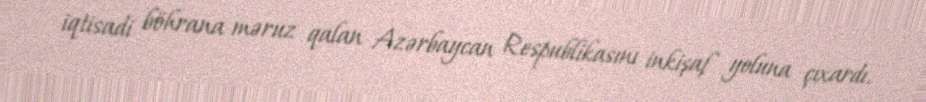
iqtisadi böhrana məruz qalan Azərbaycan Respublikasını inkişaf yoluna çıxardı.